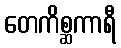
တေကိစ္ဆကာရီ